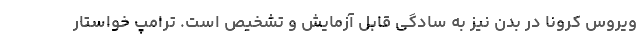
ویروس کرونا در بدن نیز به سادگی قابل آزمایش و تشخیص است. ترامپ خواستار